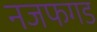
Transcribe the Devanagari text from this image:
नजफगड